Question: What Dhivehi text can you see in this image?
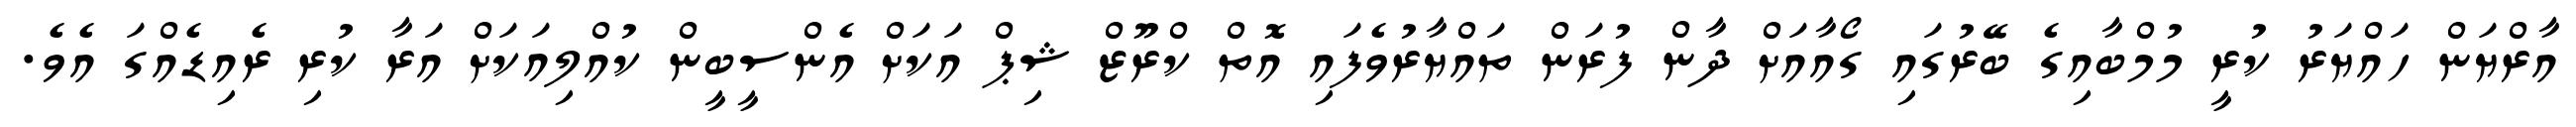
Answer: އާރްޔަން ހައްޔަރު ކުރީ މުމްބާއިގެ ބޭރުގައި ގޯއާއަށް ދާން ފުރަން ތައްޔާރުވެފައި އޮތް ކްރޫޒް ޝިޕް އަކަށް އެންސީބީން ކުއްލިއަކަށް އަރާ ކުރި ރެއިޑެއްގަ އެވެ.